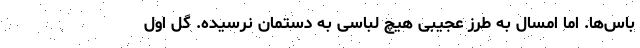
باس‌ها. اما امسال به طرز عجیبی‌ هیچ لباسی ‌به دستمان نرسیده. گل اول